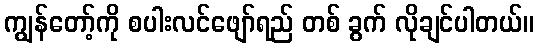
ကျွန်တော့်ကို စပါးလင်ဖျော်ရည် တစ် ခွက် လိုချင်ပါတယ်။